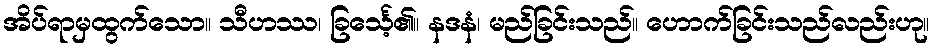
အိပ်ရာမှထွက်သော။ သီဟဿ၊ ခြင်္သေ့၏။ နဒနံ၊ မည်ခြင်းသည်။ ဟောက်ခြင်းသည်လည်းဟု။